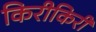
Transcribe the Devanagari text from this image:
किरीकिरी